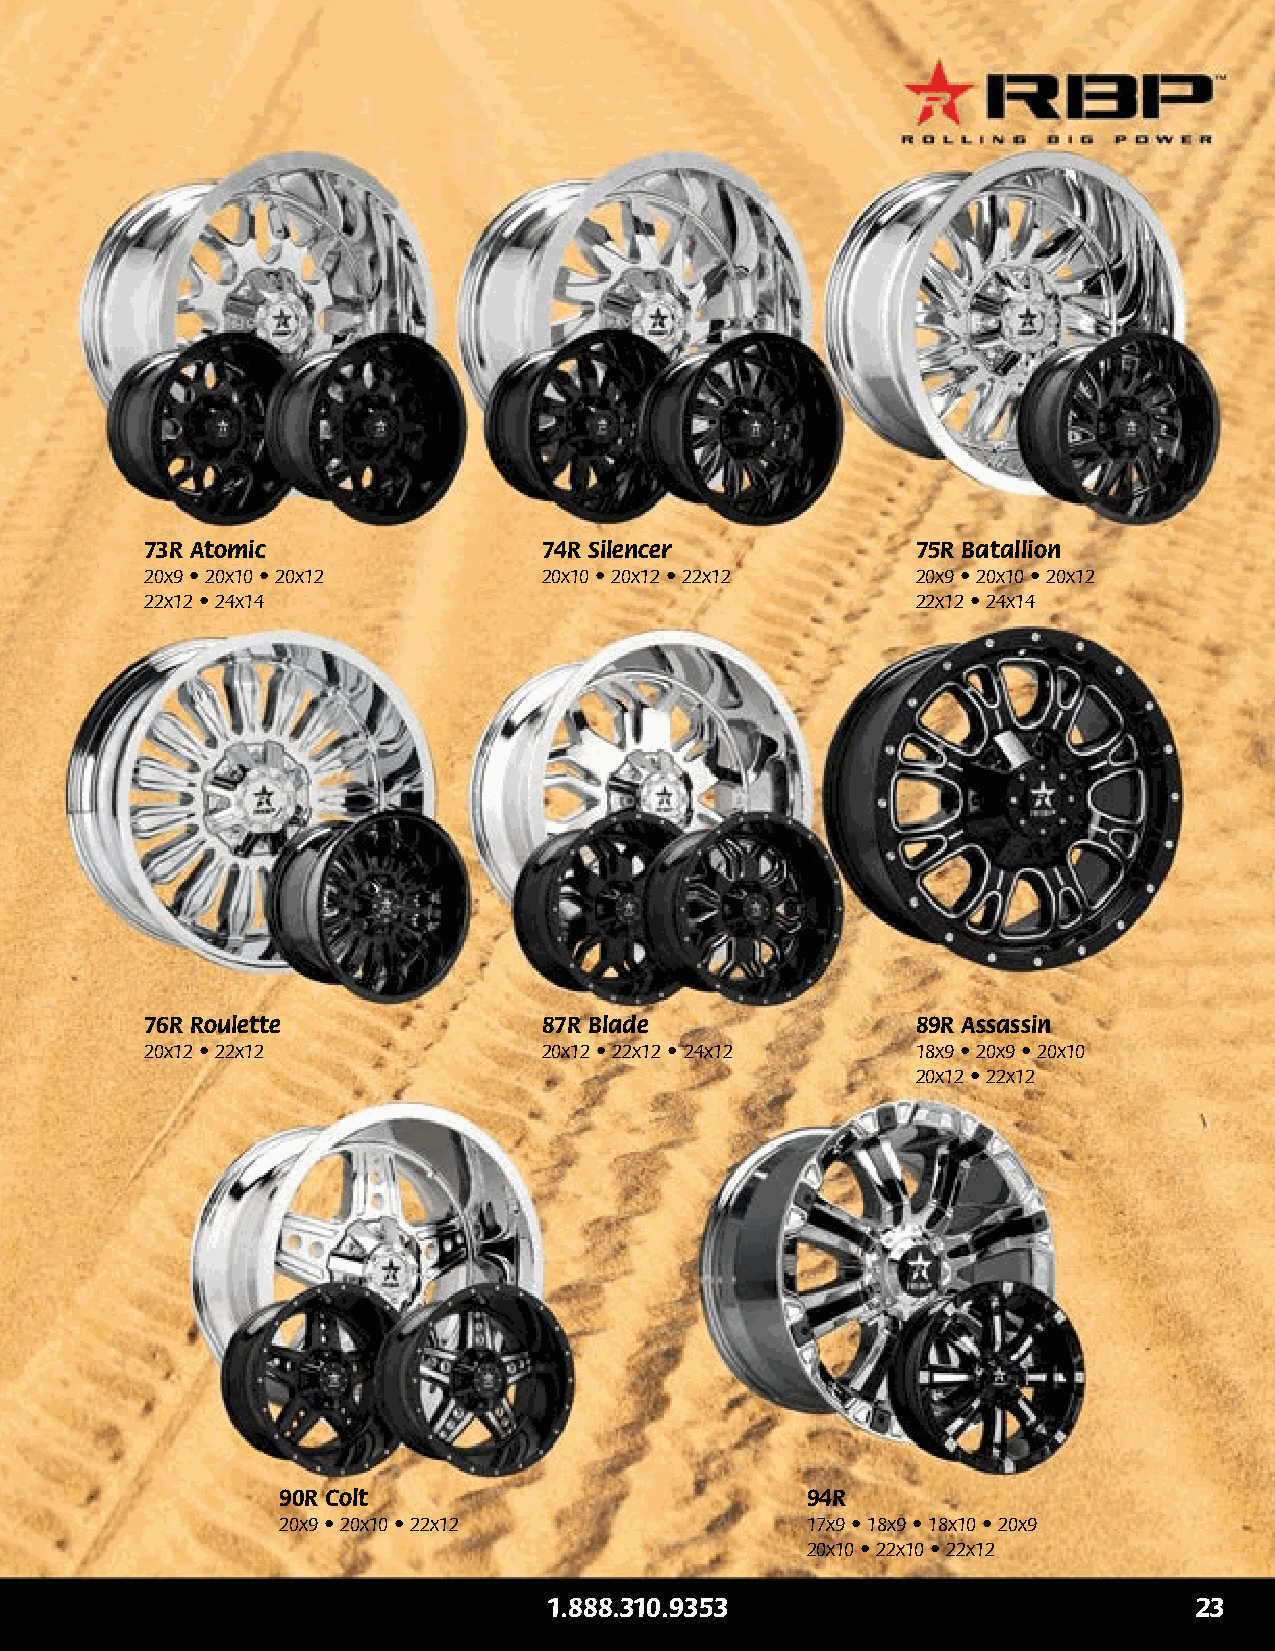
73R Atomic                74R Silencer             75R Batallion
 20x9 • 20x10 • 20x12      20x10 • 20x12 • 22x12    20x9 • 20x10 • 20x12
 22x12 • 24x14                                      22x12 • 24x14
 76R Roulette              87R Blade                89R Assassin
 20x12 • 22x12             20x12 • 22x12 • 24x12    18x9 • 20x9 • 20x10
 20x12 • 22x12
 90R Colt                           94R
 20x9 • 20x10 • 22x12               17x9 • 18x9 • 18x10 • 20x9
 20x10 • 22x10 • 22x12
 1.888.310.9353                             23